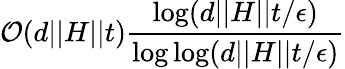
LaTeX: \mathcal{O}(d\vert\vert H\vert\vert t)\frac{\log(d\vert\vert H\vert\vert t/\epsilon)}{\log\log(d\vert\vert H\vert\vert t/\epsilon)}